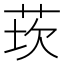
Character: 莰